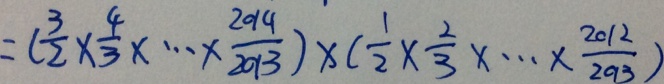
= ( \frac { 3 } { 2 } \times \frac { 4 } { 3 } \times \cdots \times \frac { 2 0 1 4 } { 2 0 1 3 } ) \times ( \frac { 1 } { 2 } \times \frac { 2 } { 3 } \times \cdots \times \frac { 2 0 1 2 } { 2 0 1 3 } )